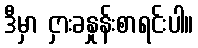
ဒီမှာ ငှားခနှုန်းစာရင်းပါ။